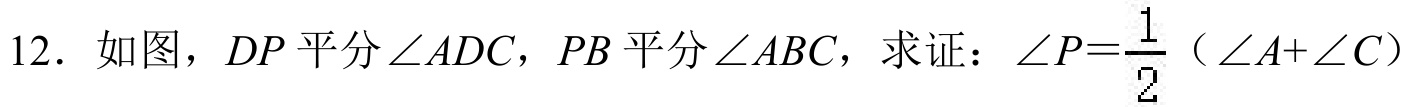
12. 如图，\(DP\)平分\(\angle ADC\)，\(PB\)平分\(\angle ABC\)，求证：\(\angle P=\frac{1}{2}(\angle A + \angle C)\)